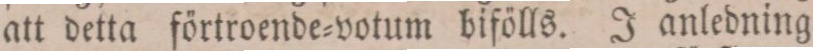
att detta förtroende=votum bifölls. J anledning